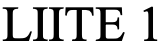
LIITE 1